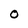
Character: O